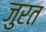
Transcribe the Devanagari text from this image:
जुरत